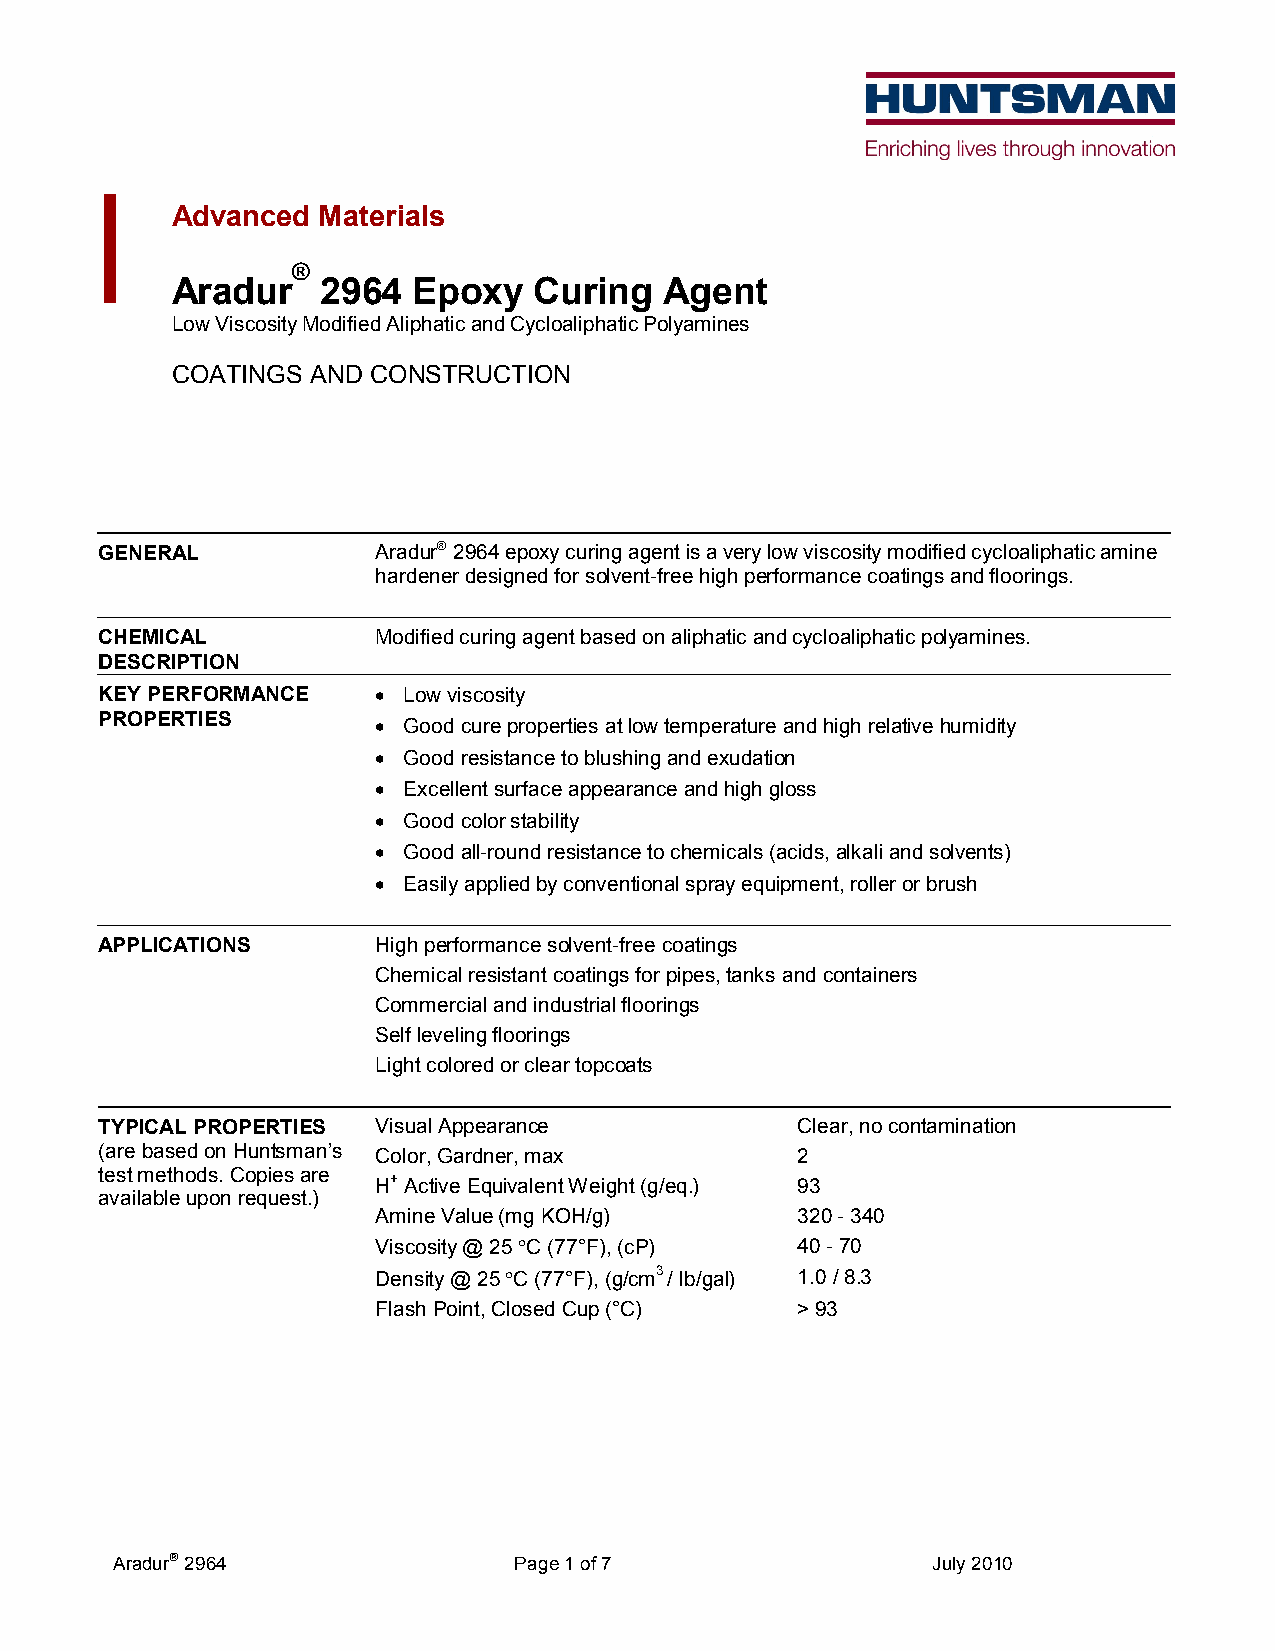
Advanced  Materials
 ®
 Aradur    2964  Epoxy   Curing   Agent
 Low Viscosity Modified Aliphatic and Cycloaliphatic Polyamines
 COATINGS  AND CONSTRUCTION
 GENERAL            Aradur® 2964 epoxy curing agent is a very low viscosity modified cycloaliphatic amine
 hardener designed for solvent-free high performance coatings and floorings.
 CHEMICAL           Modified curing agent based on aliphatic and cycloaliphatic polyamines.
 DESCRIPTION
 KEY PERFORMANCE    • Low viscosity
 PROPERTIES         • Good cure properties at low temperature and high relative humidity
 • Good resistance to blushing and exudation
 • Excellent surface appearance and high gloss
 • Good color stability
 • Good all-round resistance to chemicals (acids, alkali and solvents)
 • Easily applied by conventional spray equipment, roller or brush
 APPLICATIONS       High performance solvent-free coatings
 Chemical resistant coatings for pipes, tanks and containers
 Commercial and industrial floorings
 Self leveling floorings
 Light colored or clear topcoats
 TYPICAL PROPERTIES Visual Appearance           Clear, no contamination
 (are based on Huntsman’s Color, Gardner, max   2
 test methods. Copies are H+ Active Equivalent Weight (g/eq.) 93
 available upon request.)
 Amine Value (mg KOH/g)      320 - 340
 Viscosity @ 25 °C (77°F), (cP) 40 - 70
 Density @ 25 °C (77°F), (g/cm3 / lb/gal) 1.0 / 8.3
 Flash Point, Closed Cup (°C) > 93
 Aradur 2964               Page 1 of 7                 July 2010